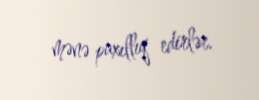
mənə paxıllıq edirlər.